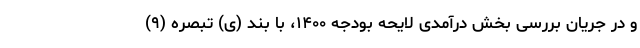
و در جریان بررسی بخش درآمدی لایحه بودجه ۱۴۰۰، با بند (ی) تبصره (۹)